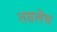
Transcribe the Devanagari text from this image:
तसलेच